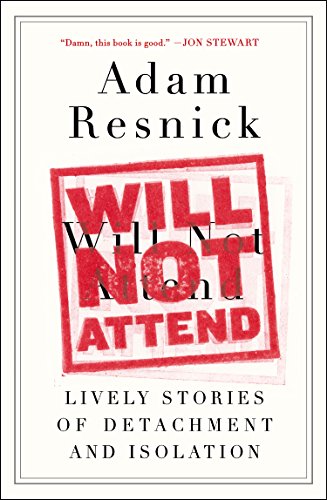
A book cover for Will Not Attend: Lively Stories of Detachment and Isolation; Adam Resnick; Humor & Entertainment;